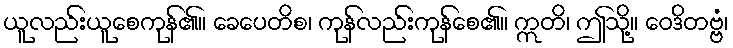
ယူလည်းယူစေကုန်၏။ ခေပေတိစ၊ ကုန်လည်းကုန်စေ၏။ ဣတိ၊ ဤသို့။ ဝေဒိတဗ္ဗံ၊